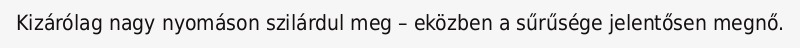
Kizárólag nagy nyomáson szilárdul meg – eközben a sűrűsége jelentősen megnő.